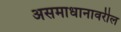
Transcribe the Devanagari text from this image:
असमाधानावरील